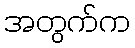
အတွက်က